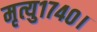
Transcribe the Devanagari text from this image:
मृत्यु१७४०।